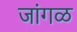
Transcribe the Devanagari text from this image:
जांगळ